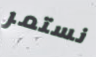
نستمر